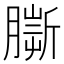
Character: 𦠠